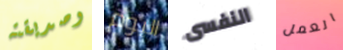
وصديقته اليوم النفسى العمل